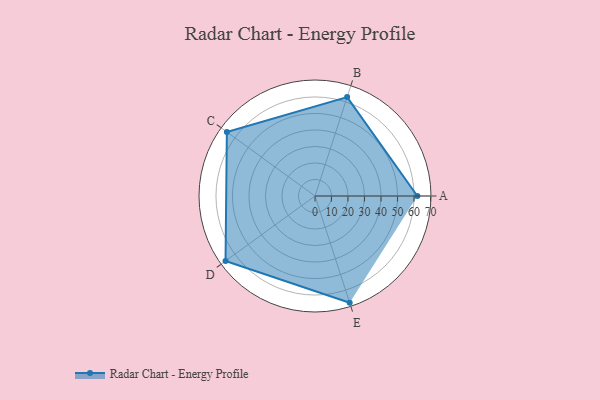
{"axis": {"x": "Skill", "y": "Score"}, "legend": ["Profile"], "data": [{"x": "A", "y": 62.0, "type": "Profile"}, {"x": "B", "y": 63.0, "type": "Profile"}, {"x": "C", "y": 66.0, "type": "Profile"}, {"x": "D", "y": 67.0, "type": "Profile"}, {"x": "E", "y": 68.0, "type": "Profile"}]}